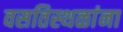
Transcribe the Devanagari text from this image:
वसतिस्थळांना